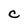
Character: C